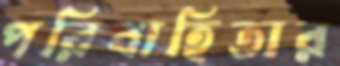
পরিবাহিতার